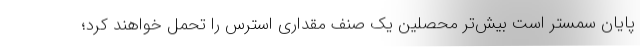
پایان سمستر است بیش‌تر محصلین یک صنف مقداری استرس را تحمل خواهند کرد؛